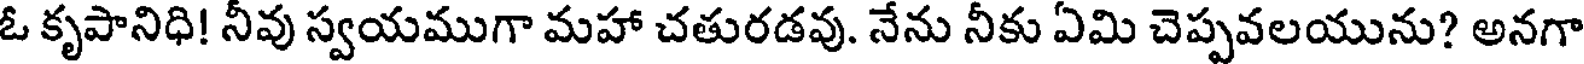
ఓ కృపానిధి! నీవు స్వయముగా మహా చతురడవు. నేను నీకు ఏమి చెప్పవలయును? అనగా